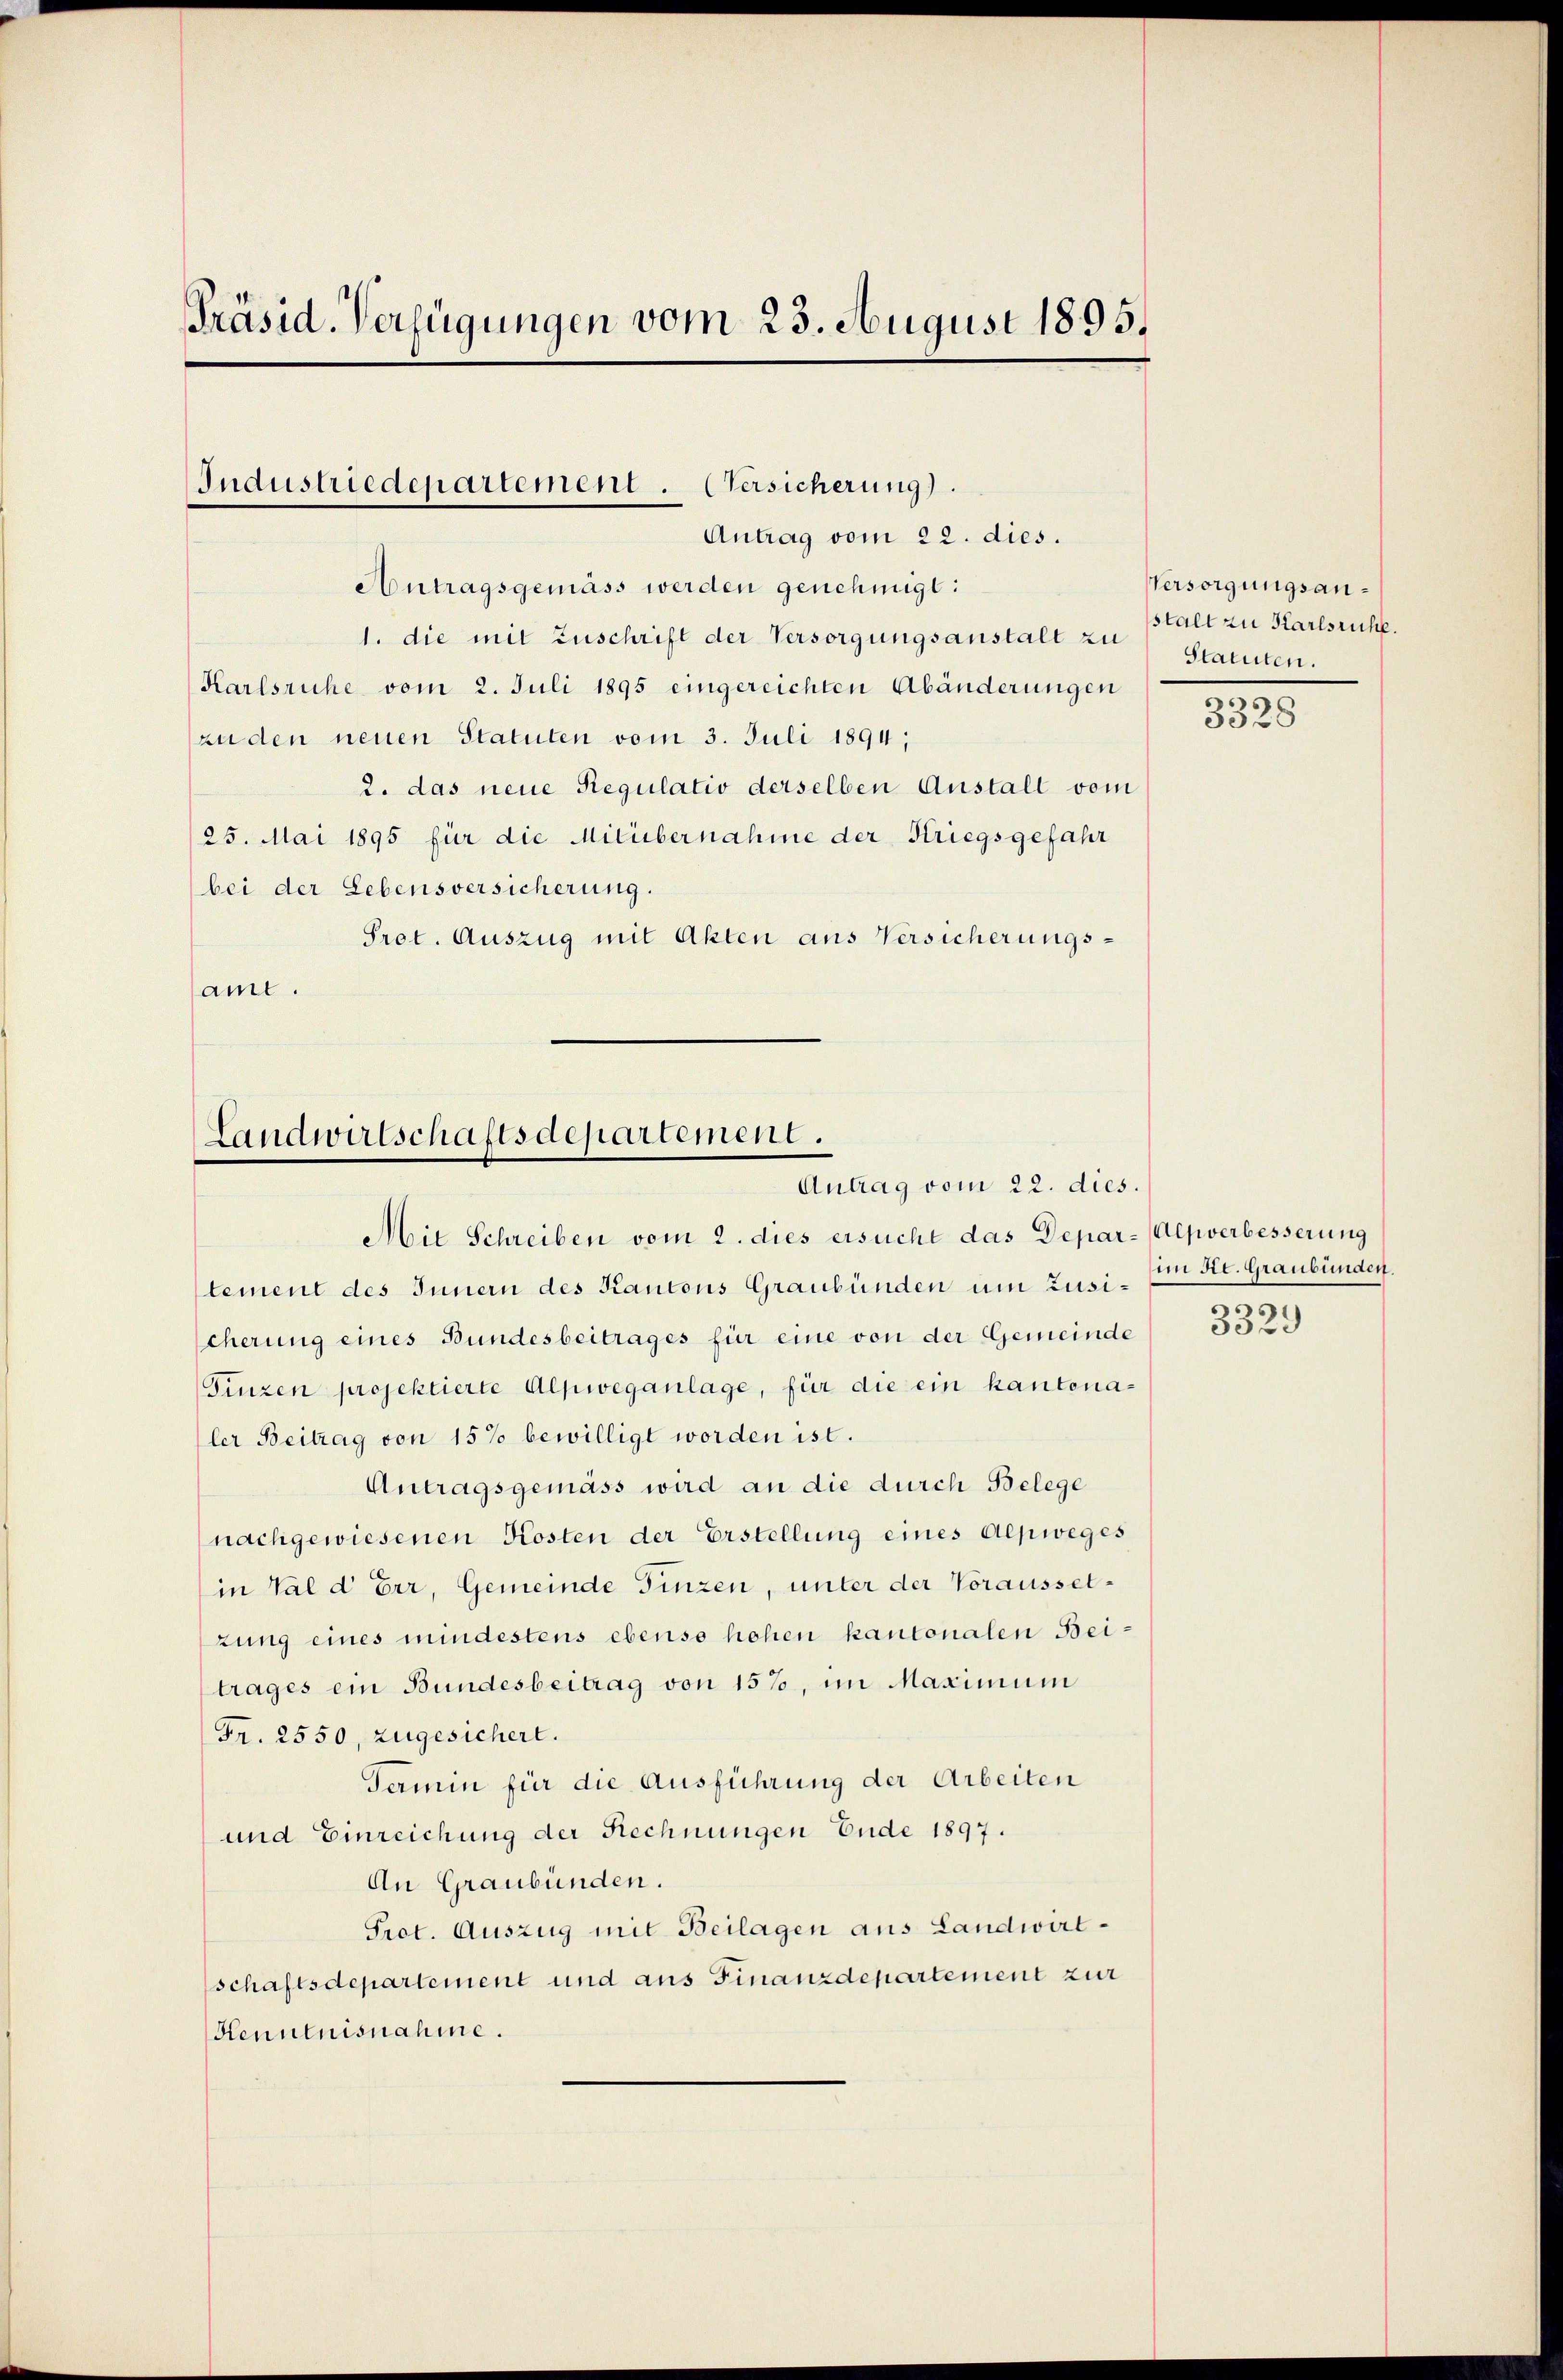
Präsid. Verfügungen vom 23. August 1895.

Industriedepartement. (Versicherung).
Antrag vom 22. dies.

Antragsgemäss werden genehmigt:
1. die mit Zuschrift der Versorgungsanstalt zu
Karlsruhe vom 2. Juli 1895 eingereichten Abänderungen
zuden neuen Statuten vom 3. Juli 1894;
2. das neue Regulativ derselben Anstalt vom
25. Mai 1895 für die Milübernahme der Kriegsgefahr
bei der Lebensversicherung.
Prot. Auszug mit Akten aus Versicherungs-
am.

Landwirtschaftsdepartement.
Antrag vom 22. dies.
Mit Schreiben vom 2. dies ersucht das Depar-Alpverbesserung

tement des Innern des Kantons Graubünden um Zusi- Im St. Graubünden.
cherung eines Bundesbeitrages für eine von der Gemeinde
Finzen projektierte Alpweganlage, für die ein kantonaler Beitrag von 15% bewilligt worden ist.
Antragsgemäss wird an die durch Belege
nachgewiesenen Kosten der Erstellung eines Alpweges
in Val d Err, Gemeinde Finzen, unter der Voraussetzung eines mindestens ebenso hohen kantonalen Beitrages ein Bundesbeitrag von 157, im Maximum
Fr. 2550, zugesichert.
Termin für die Ausführung der Arbeiten
und Einreichung der Rechnungen Ende 1897.
An Graubünden.
Prot. Auszug mit Beilagen aus Landwirtschaftsdepartement und aus Finanzdepartement zur
Kenntnisnahme.

Versorgungsanstalt zu Karlsruhe.
Statuten.

3328

100.

5529